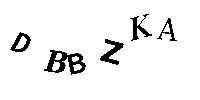
DBBZKA